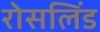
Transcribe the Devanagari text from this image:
रोसलिंड